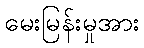
မေးမြန်းမှုအား